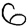
Digit: 6